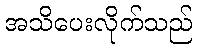
အသိပေးလိုက်သည်